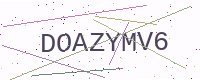
Text: DOAZYMV6